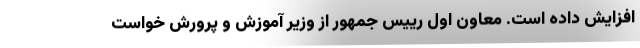
افزایش داده است. معاون اول رییس جمهور از وزیر آموزش و پرورش خواست